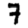
Digit: 7